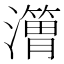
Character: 𱩸